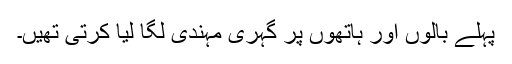
پہلے بالوں اور ہاتھوں پر گہری مہندی لگا لیا کرتی تھیں۔